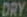
DRY